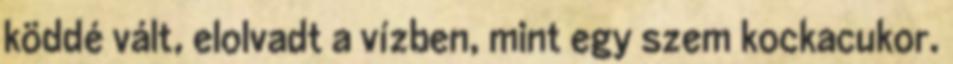
köddé vált, elolvadt a vízben, mint egy szem kockacukor.